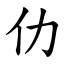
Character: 仂